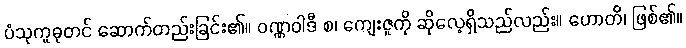
ပံသုကူဓုတင် ဆောက်တည်းခြင်း၏။ ဝဏ္ဏဝါဒီ စ၊ ကျေးဇူကို ဆိုလေ့ရှိသည်လည်း။ ဟောတိ၊ ဖြစ်၏။